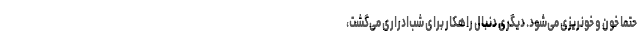
حتماً خون و خونریزی می‌شود. دیگری دنبال راهکار برای شب‌ادراری می‌گشت،